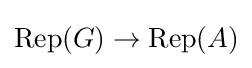
\mathrm {Rep} (G)\to \mathrm {Rep} (A)